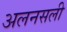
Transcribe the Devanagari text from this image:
अलनसली